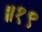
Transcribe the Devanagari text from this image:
॥१९